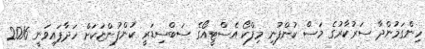
ހިންގަމުންދާ ސަރުކާރުގެ މަސް ކުންފުނި މިފްކޯ އެސްޓީއޯގެ ސަބްސިޑަރީ ކުންފުންޏަކަށް ހަދާފައިވަނީ 2016